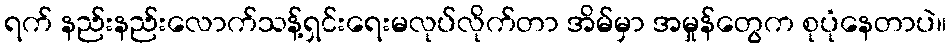
ရက် နည်းနည်းလောက်သန့်ရှင်းရေးမလုပ်လိုက်တာ အိမ်မှာ အမှုန်တွေက စုပုံနေတာပဲ။